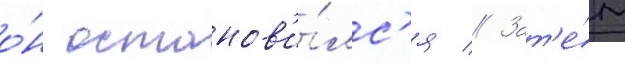
о́н останов'и́лс'я // Зат'е́м